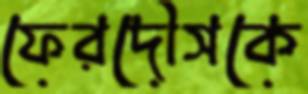
ফেরদৌসকে